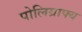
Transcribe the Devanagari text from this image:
पोलिग्राफ्य